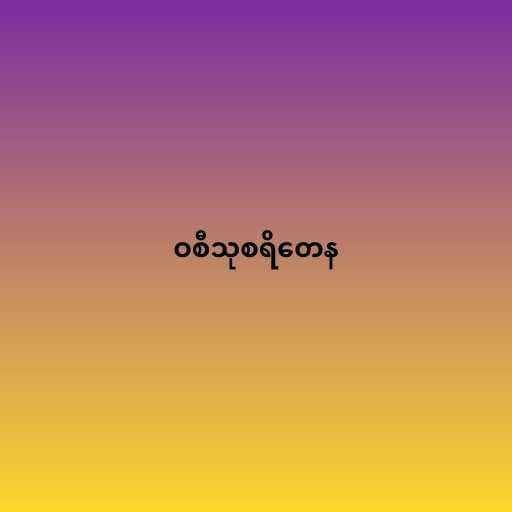
ဝစီသုစရိတေန